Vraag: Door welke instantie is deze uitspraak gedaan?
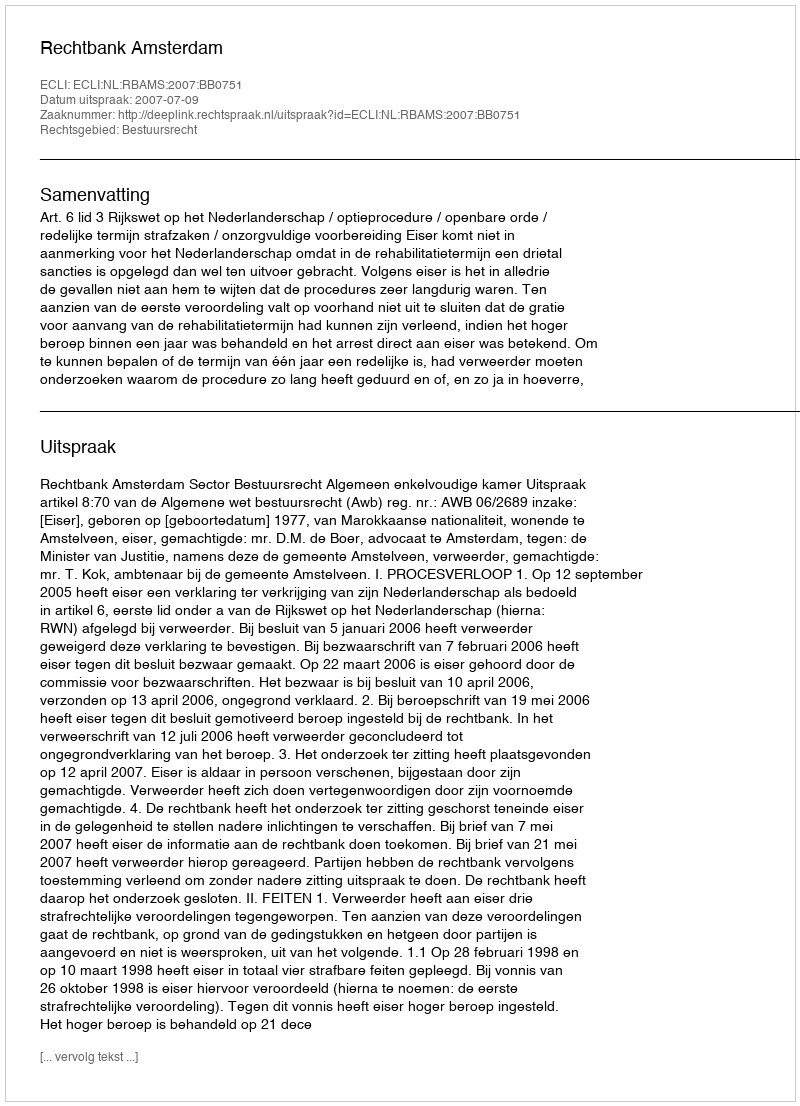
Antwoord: Rechtbank Amsterdam